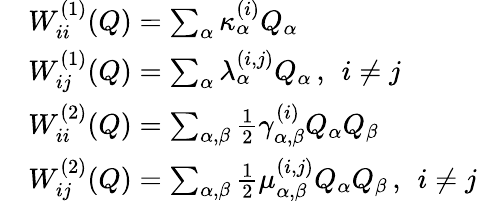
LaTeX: \begin{array}{rl}&{W_{ii}^{(1)}(Q)=\sum_{\alpha}\kappa_{\alpha}^{(i)}Q_{\alpha}}\\ &{W_{ij}^{(1)}(Q)=\sum_{\alpha}\lambda_{\alpha}^{(i,j)}Q_{\alpha}\, ,\; \, i\neq j}\\ &{W_{ii}^{(2)}(Q)=\sum_{\alpha,\beta}\frac{1}{2}\gamma_{\alpha,\beta}^{(i)}Q_{\alpha}Q_{\beta}}\\ &{W_{ij}^{(2)}(Q)=\sum_{\alpha,\beta}\frac{1}{2}\mu_{\alpha,\beta}^{(i,j)}Q_{\alpha}Q_{\beta}\, ,\; \, i\neq j}\end{array}